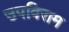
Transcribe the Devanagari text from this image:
उपविराम